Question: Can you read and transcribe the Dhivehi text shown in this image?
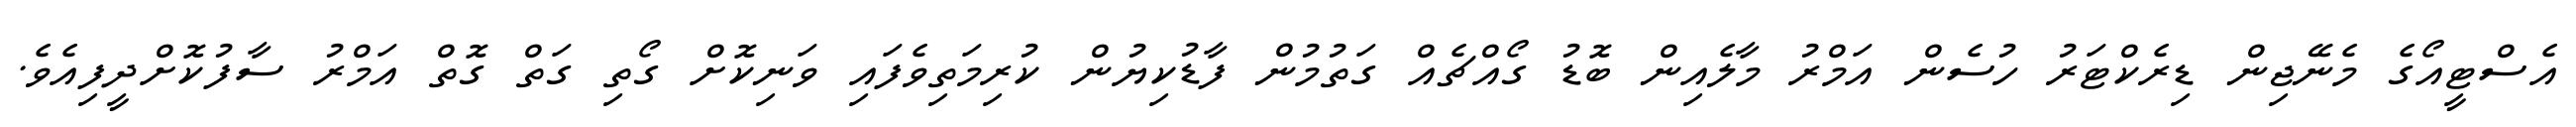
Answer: އެސްޓީއޯގެ މެނޭޖިން ޑިރެކްޓަރު ހުސެން އަމްރު މާލެއިން ބޮޑު ގޯއްޗެއް ގަތުމުން ފާޑުކިޔުން ކުރިމަތިވެފައި ވަނިކޮށް ގޯތި ގަތް ގޮތް އަމްރު ސާފުކޮށްދީފިއެވެ.